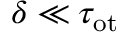
\delta \ll \tau _ { \mathrm { { o t } } }